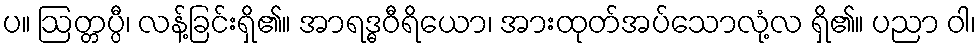
ပ။ ဩတ္တပ္ပီ၊ လန့်ခြင်းရှိ၏။ အာရဒ္ဓဝီရိယော၊ အားထုတ်အပ်သောလုံ့လ ရှိ၏။ ပညာ ဝါ၊